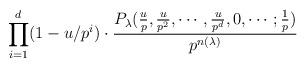
LaTeX: \begin{align*}\prod_{i=1}^d (1-u/p^i) \cdot \frac{P_{\lambda}(\frac{u}{p},\frac{u}{p^2},\cdots,\frac{u}{p^d},0,\cdots ; \frac{1}{p})}{p^{n(\lambda)}}\end{align*}